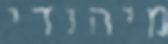
מיהודי